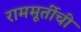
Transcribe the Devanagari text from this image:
राममूर्तीची